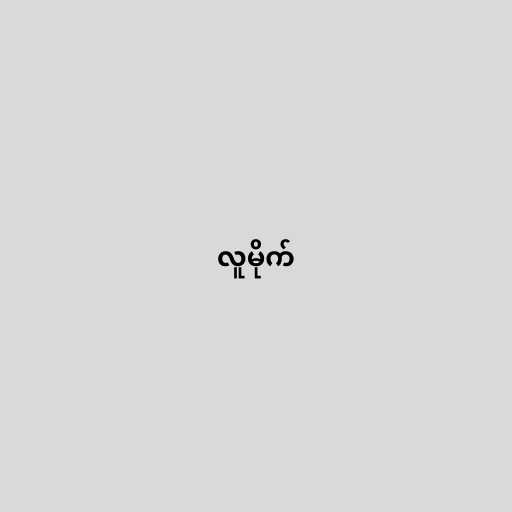
လူမိုက်